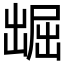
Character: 𱐑